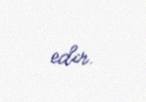
edir.